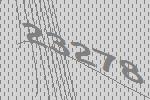
23278